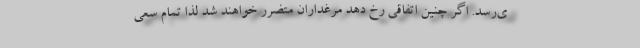
ی‌رسد. اگر چنین اتفاقی رخ دهد مرغداران متضرر خواهند شد لذا تمام سعی